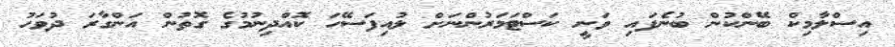
އިސްލާމިކް ބޭންކުން ބުނެފައި ވަނީ ކަސްޓަމަރުންނަށް ލުއިފަސޭހަ ކޮއްދިނުމުގެ ގޮތުން އަންގާރަ ދުވަހު